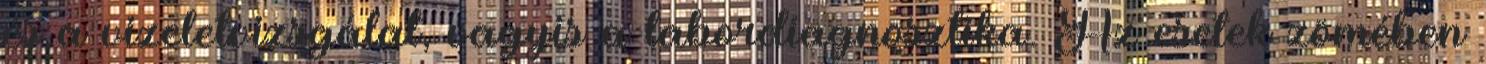
és a vizeletvizsgálat, vagyis a labordiagnosztika. Az esetek zömében